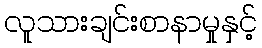
လူသားချင်းစာနာမှုနှင့်